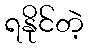
ရနိုင်တဲ့